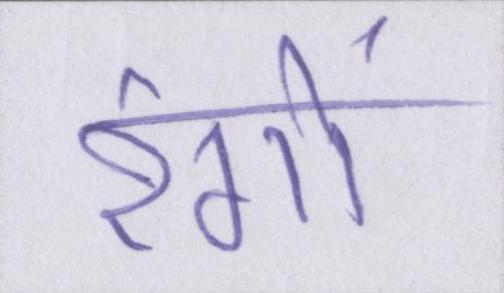
रंगों